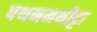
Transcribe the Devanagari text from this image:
पथनमथीट्टा